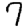
Digit: 7